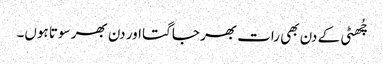
چُھٹی کے دن بھی رات بھر جاگتا اور دن بھر سوتا ہوں۔